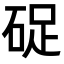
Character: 𥒭